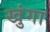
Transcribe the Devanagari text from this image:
खुंगा